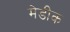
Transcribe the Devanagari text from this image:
मेडीक